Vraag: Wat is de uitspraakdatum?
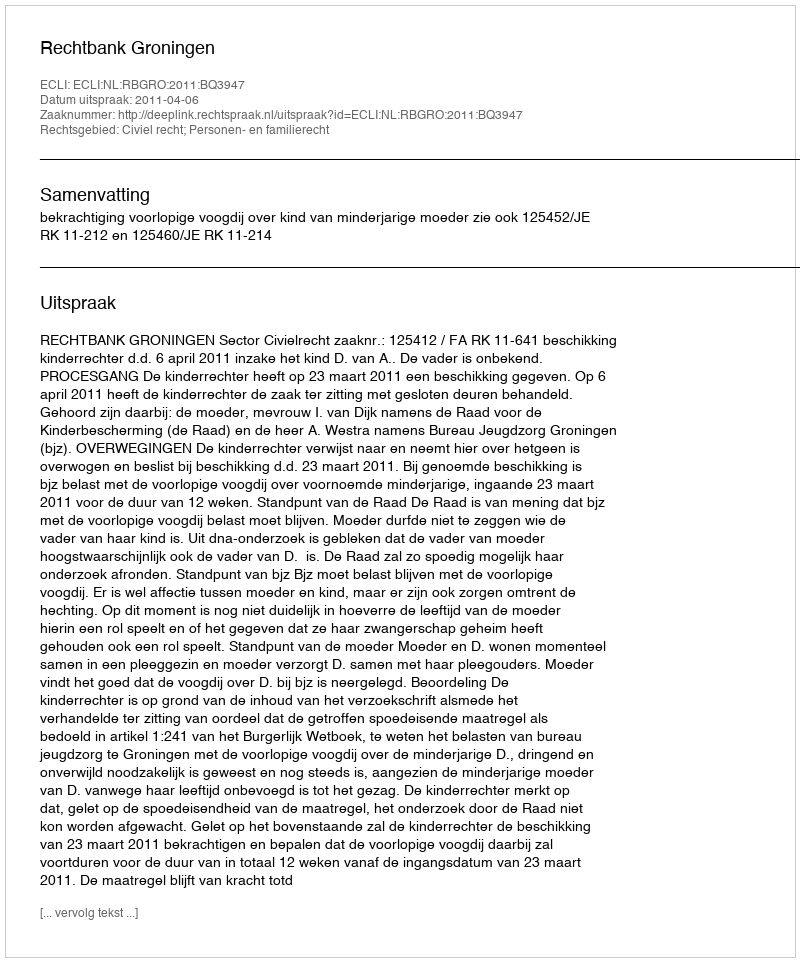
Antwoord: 2011-04-06